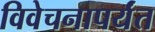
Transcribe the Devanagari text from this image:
विवेचनापर्यंत